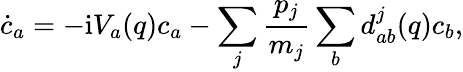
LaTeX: \dot{c}_{a}=-\mathrm{i}V_{a}(q)c_{a}-\sum_{j}\frac{p_{j}}{m_{j}}\sum_{b}d_{ab}^{j}(q)c_{b},